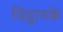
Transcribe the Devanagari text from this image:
विद्वानके